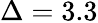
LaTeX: \Delta=3.3